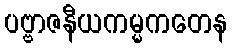
ပဗ္ဗာဇနီယကမ္မကတေန